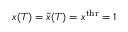
x ( T ) = \tilde { x } ( T ) = x ^ { \mathrm { t h r } } = 1